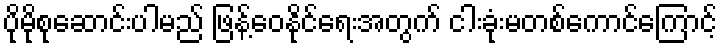
ပိုမိုစုဆောင်းပါမည် ဖြန့်ဝေနိုင်ရေးအတွက် ငါးခုံးမတစ်ကောင်ကြောင့်